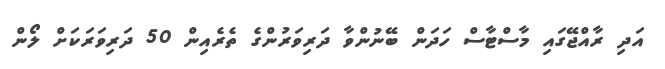
އަދި ރާއްޖޭގައި މާސްޓާސް ހަދަން ބޭނުންވާ ދަރިވަރުންގެ ތެރެއިން 50 ދަރިވަރަކަށް ލޯން